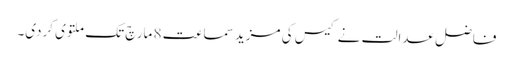
فاضل عدالت نے کیس کی مزید سماعت 8 مارچ تک ملتوی کردی۔